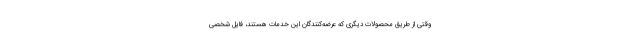
وقتی از طریق محصولات دیگری که عرضه‌کنندگان این خدمات هستند، فایل شخصی